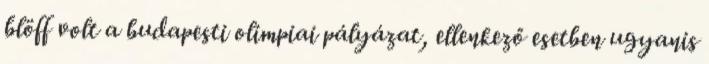
blöff volt a budapesti olimpiai pályázat, ellenkező esetben ugyanis